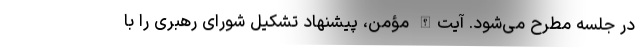
در جلسه مطرح می‌شود. آیت‌الله مؤمن، پیشنهاد تشکیل شورای رهبری را با